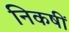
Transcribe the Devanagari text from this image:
निकषीं